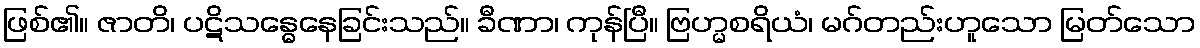
ဖြစ်၏။ ဇာတိ၊ ပဋိသန္ဓေနေခြင်းသည်။ ခီဏာ၊ ကုန်ပြီ။ ဗြဟ္မစရိယံ၊ မဂ်တည်းဟူသော မြတ်သော